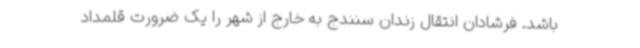
باشد. فرشادان انتقال زندان سنندج به خارج از شهر را یک ضرورت قلمداد